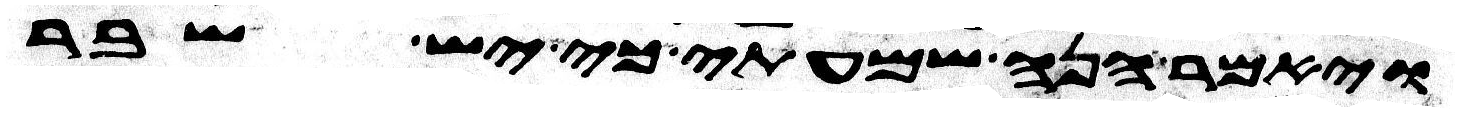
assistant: ויאמר הנה שמעתי כי יש שבר